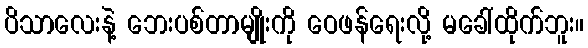
ပိသာလေးနဲ့ ဘေးပစ်တာမျိုးကို ဝေဖန်ရေးလို့ မခေါ်ထိုက်ဘူး။